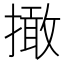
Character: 撖